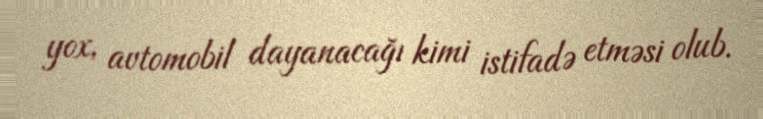
yox, avtomobil dayanacağı kimi istifadə etməsi olub.